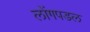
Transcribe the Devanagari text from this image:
लोंगपडल